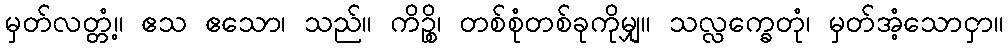
မှတ်လတ္တံ့။ ဧသ ဧသော၊ သည်။ ကိဉ္စိ၊ တစ်စုံတစ်ခုကိုမျှ။ သလ္လက္ခေတုံ၊ မှတ်အံ့သောငှာ။